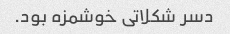
دسر شکلاتی خوشمزه بود.